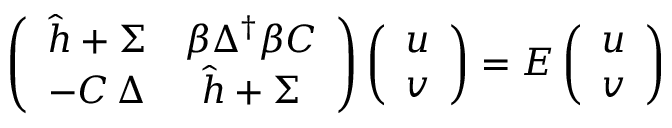
\left( \begin{array} { c c } { { \hat { h } + \Sigma } } & { { \beta \Delta ^ { \dagger } \beta C } } \\ { { - C \, \Delta } } & { { \hat { h } + \Sigma } } \end{array} \right) \left( \begin{array} { c } { { u } } \\ { { v } } \end{array} \right) = E \left( \begin{array} { c } { { u } } \\ { { v } } \end{array} \right)